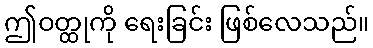
ဤဝတ္ထုကို ရေးခြင်း ဖြစ်လေသည်။